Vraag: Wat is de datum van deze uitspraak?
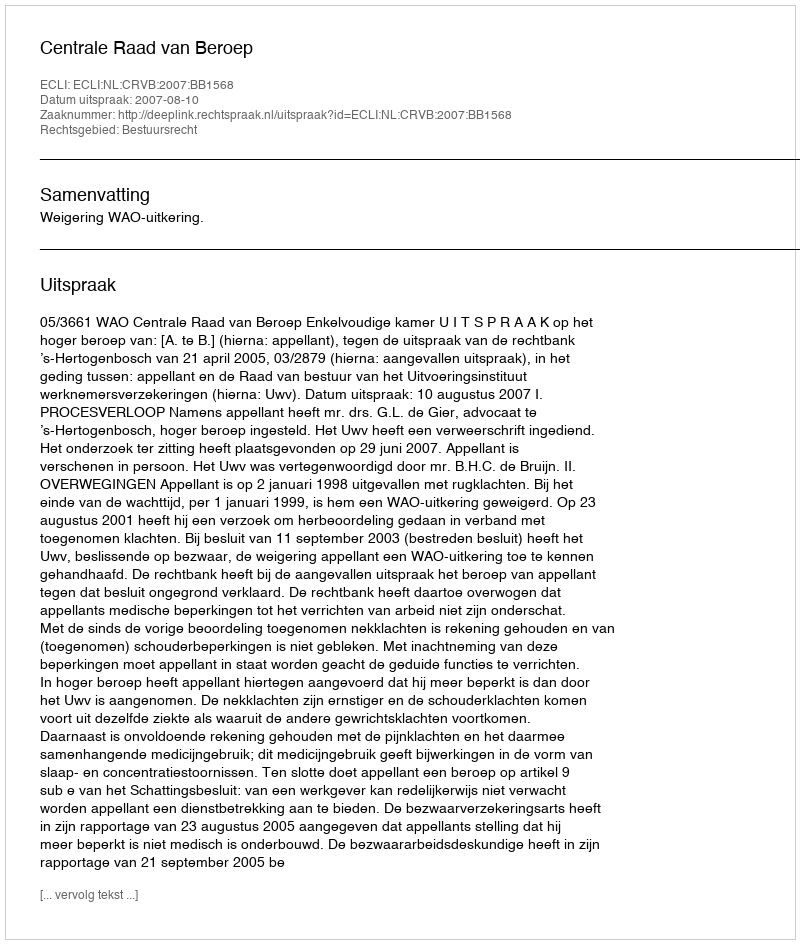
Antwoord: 2007-08-10